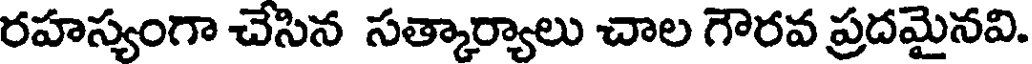
రహస్యంగా చేసిన సత్కార్యాలు చాల గౌరవ ప్రదమైనవి.